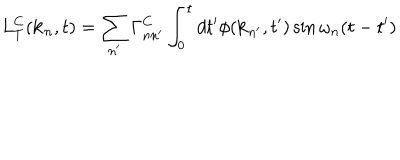
L _ { T } ^ { C } ( { \bf k } _ { n } , t ) = \sum _ { n ^ { \prime } } \Gamma _ { n n ^ { \prime } } ^ { C } \int _ { 0 } ^ { t } d t ^ { \prime } \phi ( { \bf k } _ { n ^ { \prime } } , t ^ { \prime } ) \sin \omega _ { n } ( t - t ^ { \prime } )